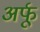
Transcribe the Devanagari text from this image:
अर्फू